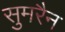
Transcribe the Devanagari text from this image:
सुमरैन